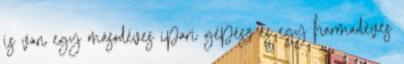
is van egy másodéves ipari gépész és egy harmadéves